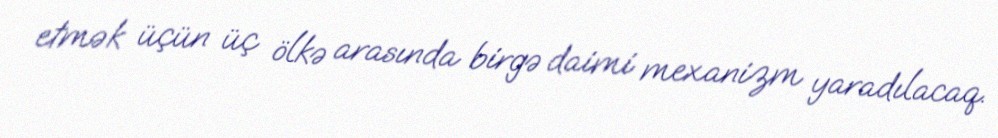
etmək üçün üç ölkə arasında birgə daimi mexanizm yaradılacaq.